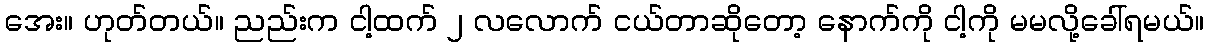
အေး။ ဟုတ်တယ်။ ညည်းက ငါ့ထက် ၂ လလောက် ငယ်တာဆိုတော့ နောက်ကို ငါ့ကို မမလို့ခေါ်ရမယ်။